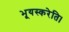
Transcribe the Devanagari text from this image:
भूयस्करेति।